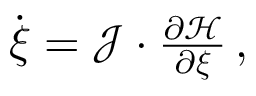
\begin{array} { r } { \dot { \boldsymbol { \xi } } = \boldsymbol { { \mathcal { J } } } \cdot \frac { \partial { \mathcal { H } } } { \partial \boldsymbol { \xi } } \, , } \end{array}